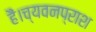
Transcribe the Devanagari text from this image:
हैं।च्यवनप्राश